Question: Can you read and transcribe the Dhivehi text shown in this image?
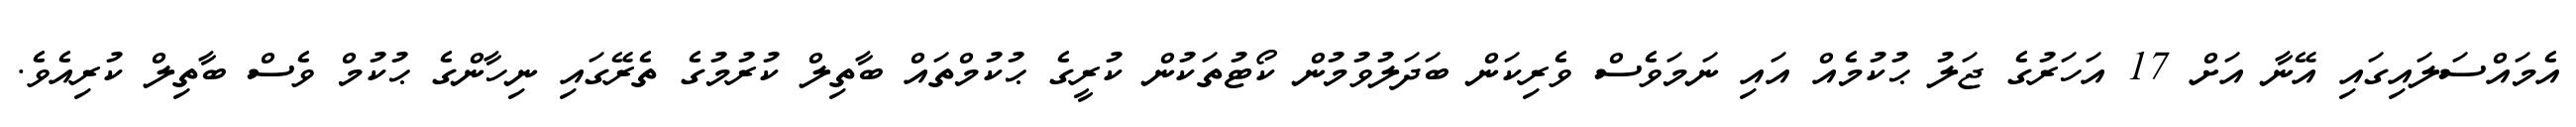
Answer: އެމައްސަލައިގައި އޭނާ އަށް 17 އަހަރުގެ ޖަލު ޙުކުމެއް އައި ނަމަވެސް ވެރިކަން ބަދަލުވުމުން ކޯޓުތަކުން ކުރީގެ ޙުކުމްތައް ބާތިލް ކުރުމުގެ ތެރޭގައި ނިހާންގެ ޙުކުމް ވެސް ބާތިލް ކުރިއެވެ.